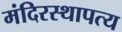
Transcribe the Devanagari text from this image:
मंदिरस्थापत्य